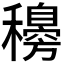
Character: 𥣰